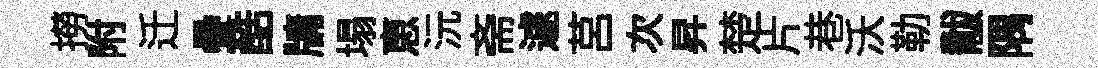
撈附迁疊酷牗塌恵沅斋遽莒次昇楚片巷沃勒黻隅